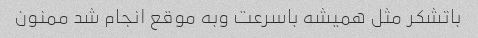
باتشکر مثل همیشه باسرعت وبه موقع انجام شد ممنون